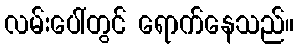
လမ်းပေါ်တွင် ရောက်နေသည်။